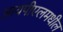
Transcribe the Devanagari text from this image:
आयपीएलमधील